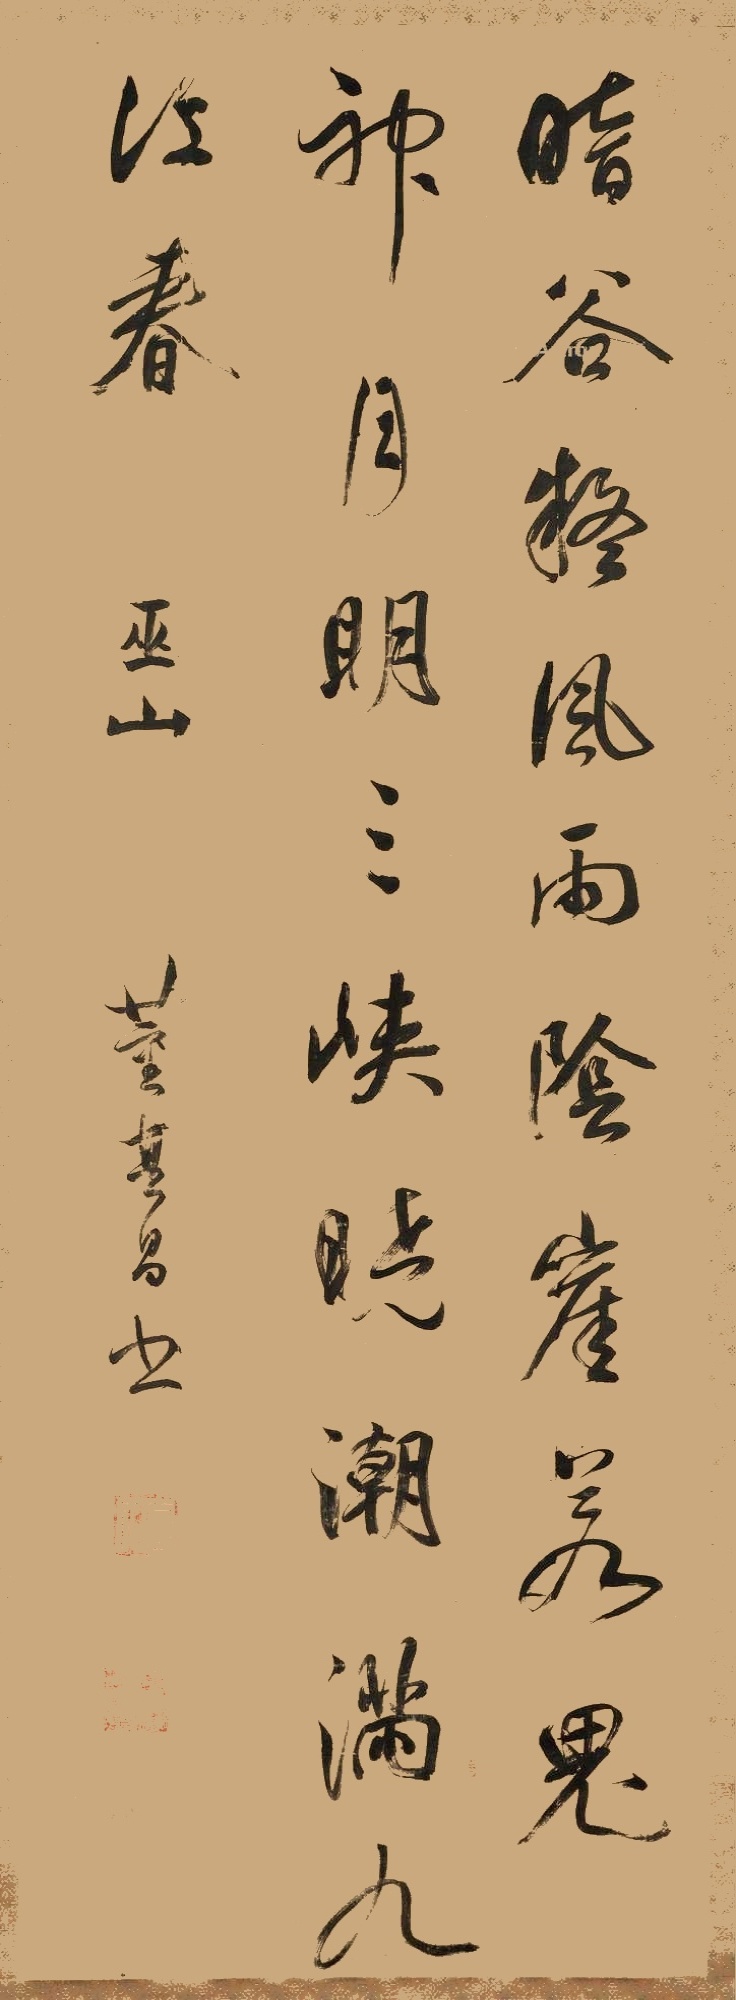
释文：暗谷疑风雨，阴崖若鬼神，月明三峡晓，潮满九江春。巫山，董其昌书。